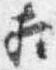
相